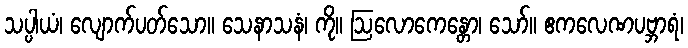
သပ္ပါယံ၊ လျောက်ပတ်သော။ သေနာသနံ၊ ကို။ ဩလောကေန္တော၊ သော်။ ဧကလေဏပဗ္ဘာရံ၊